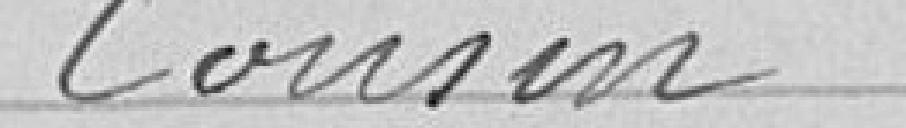
Cousin